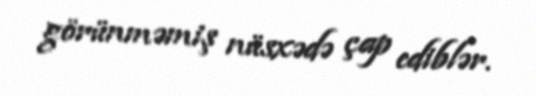
görünməmiş nüsxədə çap ediblər.